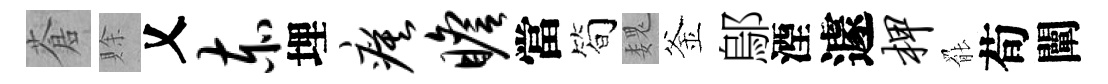
蒼賖乂赤埋瘼瞻當筍魏釜鄔湮遽柙罷荀闡